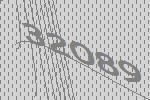
32089